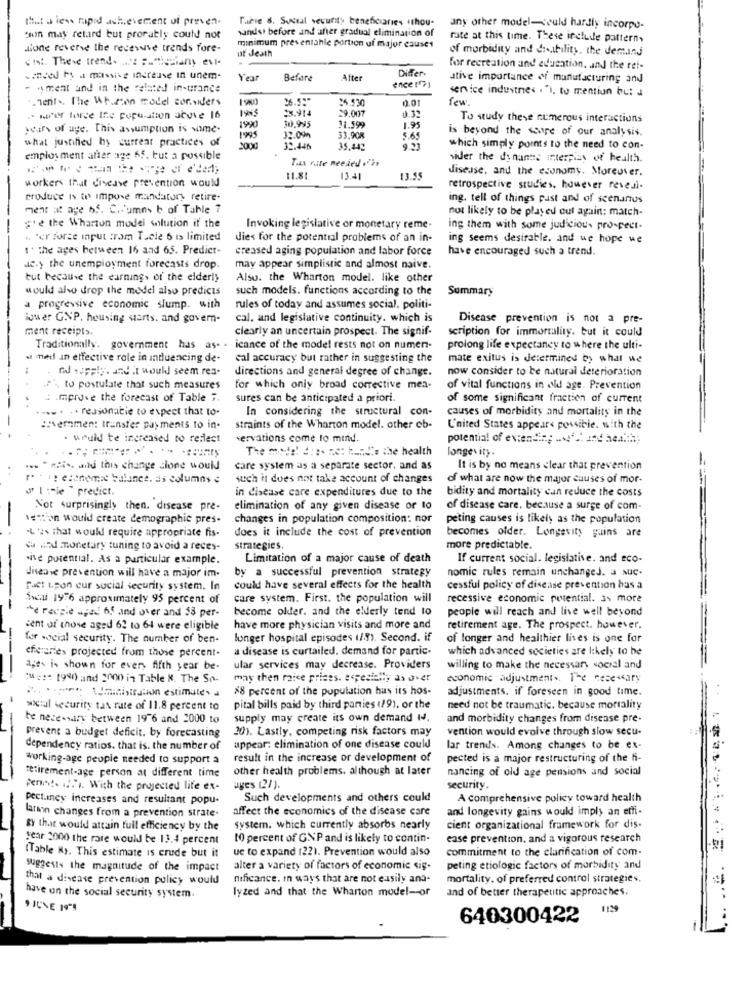
that's less rapod achievement of preven-
Tibie 8. Social security beneficiaries +thou-
sandst before and after gradual elimination of
any other model-could hardly incorpo-
chin may retard but prorably could not
rate at this time. These incluile pattern,
dione reverse the receive trends fore-
minimum presentahle portion uf major causes
ut death
of morbidity and disibility. the demand
stat. These trend. .... ... "iciany evt-
Differ-
foor recreation and education, and the ret-
cancel ty a massive increase in unem-
Year
Befare
After
ative importance of manufacturing and
sment and in the related insurance
ence [ 7]
service industries . "), to mention but d
.Tent ., The Wharton model considers
36.5:"
0.01
few.
28.914
29.007
. wie forse Ine population above 16
1990
30,995
To study these numerous interactions
years of age. This assumption is some-
11.599
1.95
is beyond the score of our analysis.
what justified hy gurrear practices of
1995
32.09h
33,908
5.65
2000
32.446
35.443
933
which simply points to the need to con-
employment after age 65, but a possible
Tax rate needed .''?
sidder the dynants interpias of health.
disease, and the economy. Moreover.
11.81
13.41
13.55
workers that disease prevention would
retrospective studies. however reveal-
produce Is to impose mandatory retire-
ing. tell of things pust and of scenarios
ment at age 65. Columns b of Table 7
not likely to be played out again: match-
#e the Wharton model solution if the
Invoking legislative or monetary reme-
ing them with some judicious prospect.
Per force input from Thele 6 is limited
dies for the potential problems of an in-
ing seems desirable, and we hope we
-------
1. the ages between 16 and 65. Predict-
creased aging population and labor force
have encouraged such a trend.
ac.> the unemployment forecasts drop.
may appear simplistic and almost naive.
but because the earning, of the elderly
Also. the Wharton model. like other
would also drop the model also predicts
such models. functions according to the
Summary
a progressive economic slump. with
rules of today and assumes social. politi-
lower GNP, housing starts. and govern-
cal. and legislative continuity. which is
Disease prevention is not a pre-
ment receipts.
clearly an uncertain prospect. The signif-
scription for immortality. but it could
Traditionally. government has as. . icance of the model rests not on numen-
prolong life expectancy to where the ulti-
at med an effective role in influencing de-
cal accuracy but rather in suggesting the
mate exitus is determined by what we
ddd supply. and it would seem rea-
directions and general degree of change.
now consider to be natural deterioration
2% to postulate that such measures
for which only broad corrective men-
of vital functions in old age. Prevention
....
& improve the forecast of Table 7.
sures can be anticipated a priori.
of some significant fraction of current
.... . .. reasonatie to expect that to-
In considering the structural con-
causes of morbidity and mortality in the
-
:evermen: transfer payments to in-
straints of the Wharton model. other ob-
L'nited States appears possible. with the
. would te ingreased to reflect
servations come to mind.
potential of ex:ending ..... .. and health;
The mode! d ::. Re: hanC'e the health
longevity.
... " mais, wind this change cione would
care system as a separate sector. and as
It is by no means clear that prevention
r. - ip economic balance. as columns e
such it does not take account of changes
of what are now the major causes of mor-
or I :"le " predict.
in disease care expenditures due to the
bidity and mortality can reduce the costs
Not surprisingly then. disease pre-
elimination of any given disease or to
of disease care, because a surge of com.
vention would create demographic pres-
changes in population composition: nor
peting causes is likely as the population
"L'as that would require appropriate fis-
does it include the cost of prevention
becomes ofder. Longevity guins are
du and monetary tuning to avoid a reces-
strategies.
more predictable.
ve potential. As a particular example.
Limitation of a major cause of death
If current social. legislative. and eco-
by a successful prevention strategy
nomic rules remain unchanged. a suc-
disease prevention will have a major im-
Fact upon cur social security system. In
could have several effects for the health
cessful policy of disease prevention has a
Ści 1976 approximately 95 percent of
care system. First. the population will
recessive economic potential. 3% more
--
become older. and the elderly tend to
people will reach and live well beyond
+e recpie uped bf and over and 58 per-
cent of those aged 62 to 64 were eligible
have more physician visits and more and
retirement age. The prospect. however.
for social security. The number of ben-
longer hospital episodes 1/9). Second. if
of longer and healthier lives is one for
cferries projected from those percent-
a disease is curtailed, demand for partic-
which advanced societies are likely to be
ages is shown for every fifth year be-
ular services may decrease. Providers
willing to make the necessary social and
: ::: 1980) and 2000 in Table 8. The So-
may then rice prices. especially an over
economic adjustment .. The necessary
#8 percent of the population has its hos-
adjustments, if foreseen in good time.
... ...... \Uministration estimates a
woctal security tax rate of 11.8 percent to
pital bills paid by third parties (19), or the
need not be traumatic. because mortality
- -
te necessary between 1976 and 2000 to
supply may create its own demand I4.
and morbidity changes from disease pre-
20). Lastly, competing risk factors may
vention would evolve through slow secu.
prevent a budget deficit. by forecasting
dependency ratios. that is. the number of
appear: elimination of one disease could
lar trends. Among changes to be ex-
working-age people needed to support a
result in the increase or development of
pected is a major restructuring of the fi-
other health problems. although at later
mancing of old age pensions and social
retirement-age person at different time
Pennes. ..... With the projected lite ex-
uges (21).
security.
pectuncy increases and resultant popu-
Such developments and others could
A comprehensive policy toward health
affect the economics of the disease care
and longevity gains would imply an emfi-
larson changes from a prevention strate-
BY that would attain tull efficiency by the
system. which currently absorbs nearly
cient organizational framework for dis.
year 2000 the rare would be 13.4 percent
10 percent of GNP and is likely to contin-
ease prevention, and a vigorous research
ue to expand (22). Prevention would also
commitment to the clarification of com-
1.91
(Table N). This estimate is crude but it
suggests the magnitude of the impact
alter a variety of factors of economic sig-
peting etiologic factors of morbidity and
that a disease prevention policy would
nificance. In ways that are not easily ana-
mortality. of preferred control strategies.
lyzed and that the Wharton model-or
and of better therapeutic approaches.
have on the social security system.
, JUNE 1978
640300422